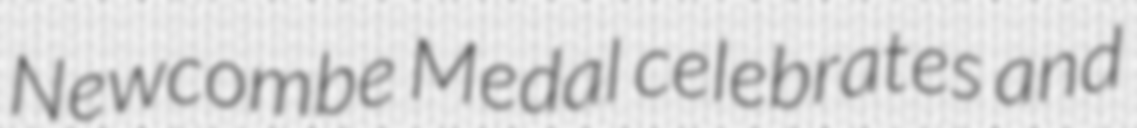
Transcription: Newcombe Medal celebrates and